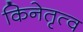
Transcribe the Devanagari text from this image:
किनेतृत्व